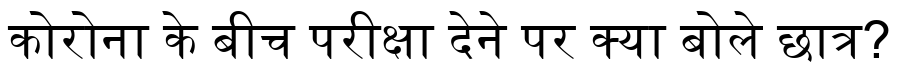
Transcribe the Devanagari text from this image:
कोरोना के बीच परीक्षा देने पर क्या बोले छात्र?